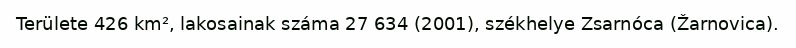
Területe 426 km², lakosainak száma 27 634 (2001), székhelye Zsarnóca (Žarnovica).